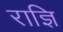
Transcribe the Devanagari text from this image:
राज्ञि